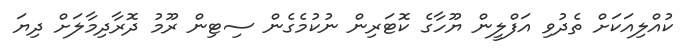
ކުއްލިއަކަށް ތެދުވި އަފްލީން ޔޫހާގެ ކޮޓަރިން ނުކުމެގެން ސިޓިން ރޫމު ދޮރާދިމާލަށް ދިޔަ